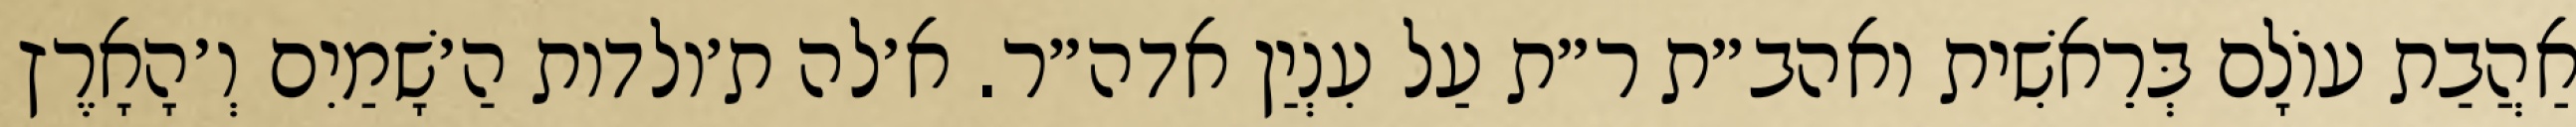
אַהֲבַת עוֹלָם בְּרֵאשִׁית ואהב״ת ר״ת עַל עִנְיַן אדה״ר. א׳לה ת׳ולדות הַ׳שָׁמַיִם וְ׳הָאָרֶץ